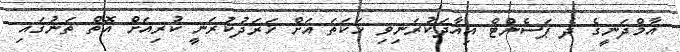
އާމްދަނީގެ ދެ ޕަސެންޓް އިއާދަކުރަނިވި ހަކަތަ އަށް ޚަރަދުކުރަނީ ކުރިއަށް އޮތް ތަނުގައި